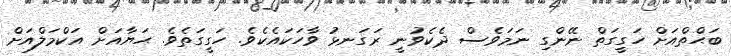
ބަޙްތްއަށް ހަގީގަތް ނޭންގި ނަމަވެސް ދެކެވުނީ ރަގަނޅު ވާހަކައެކެވެ. ހަގީގަތެވެ. ޙަޔާއަށް އަކްމަލްއަށް